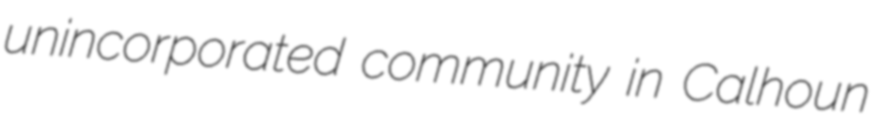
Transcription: unincorporated community in Calhoun